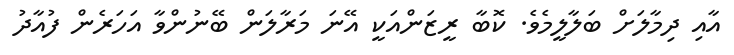
އާއި ދިމާލަށް ބަލާލީމެވެ. ކޮބާ ރީޒަންއަކީ އޭނަ މަރާލަން ބޭނުންވާ އަހަރެން ފުއާދު